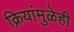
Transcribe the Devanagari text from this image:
क्रियांमुळेही